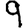
Digit: 9